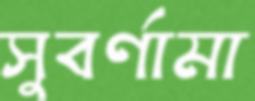
সুবর্ণামা